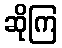
ဆိုကြ